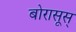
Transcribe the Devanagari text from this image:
बोरासूस्